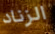
الزناد